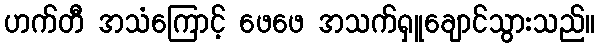
ဟက်တီ အသံကြောင့် ဖေဖေ အသက်ရှူချောင်သွားသည်။